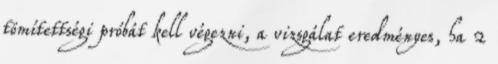
tömítettségi próbát kell végezni, a vizsgálat eredményes, ha 2